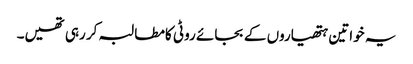
یہ خواتین ہتھیاروں کے بجائے روٹی کامطالبہ کر رہی تھیں۔